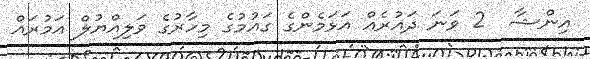
އިންޝާ  2 ވަނަ ދައުރެއް އަޅަމެންގެ ގައުމުގެ މިހާރުގެ ވަލިއްޔުލް އަމުރައް